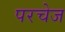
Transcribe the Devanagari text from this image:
परचेज